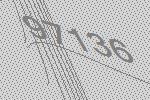
97136